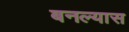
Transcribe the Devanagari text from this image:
बनल्यास